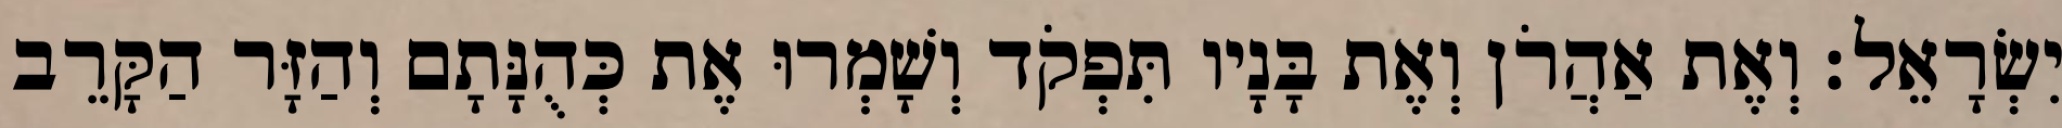
יִשְׂרָאֵל׃ וְאֶת אַהֲרֹן וְאֶת בָּנָיו תִּפְקֹד וְשָׁמְרוּ אֶת כְּהֻנָּתָם וְהַזָּר הַקָּרֵב